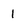
Character: 1